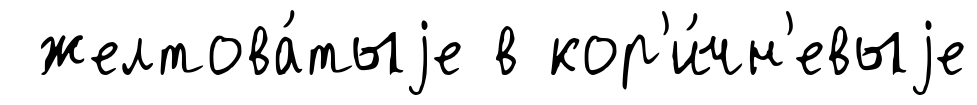
желтова́тыjе в кор'и́чн'евыjе